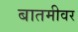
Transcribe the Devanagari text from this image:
बातमीवर